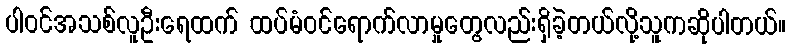
ပါဝင်အသစ်လူဦးရေထက် ထပ်မံဝင်ရောက်လာမှုတွေလည်းရှိခဲ့တယ်လို့သူကဆိုပါတယ်။